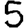
Digit: 5